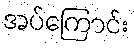
အပ်ကြောင်း